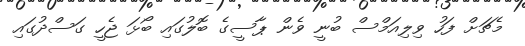
މެޗަށް ފަހު ވިލިއަމްސް ބުނީ ވެން ޕާސީގެ ބޮލުގައި ބޯޅަ ޖެހީ ގަސްދުގައި